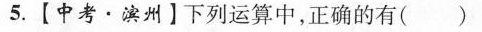
5.[中考 · 滨州】下列运算中，正确的有( )